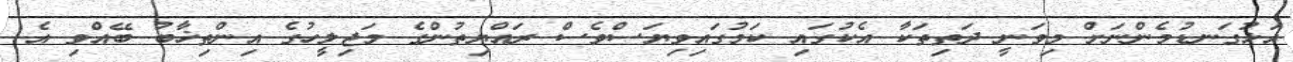
އަޅުގަނޑުމެންނަށް މިވަނީ ދަތިތަކާ އެކުގައި ކަމުގައިވިޔަސްވެސް ރައްޔިތުންގެ މަޖިލީހުގެ އިންތިޚާބު ބޭއްވި އެ